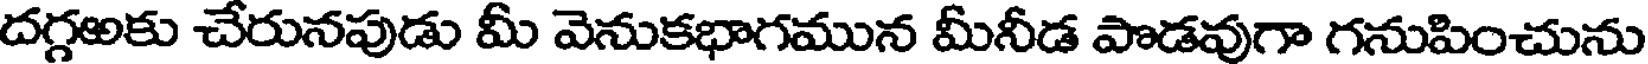
దగ్గఱకు చేరునపుడు మీ వెనుకభాగమున మీనీడ పాడవుగా గనుపించును